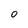
Character: o